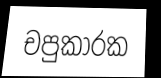
චපුකාරක